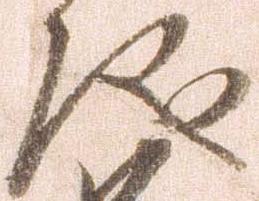
儀